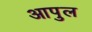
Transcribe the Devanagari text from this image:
आपुल